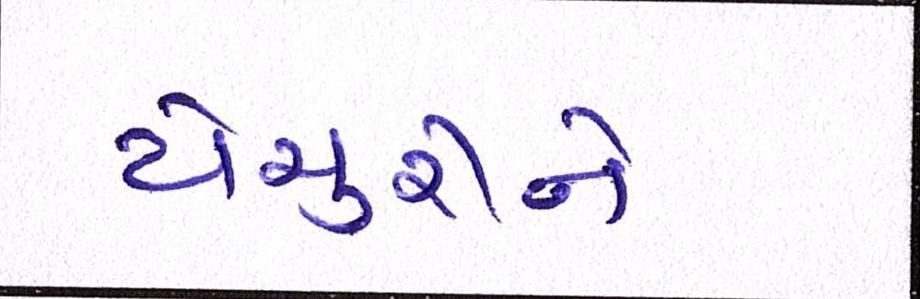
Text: યેચુરીને